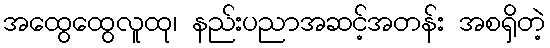
အထွေထွေလူထု၊ နည်းပညာအဆင့်အတန်း အစရှိတဲ့